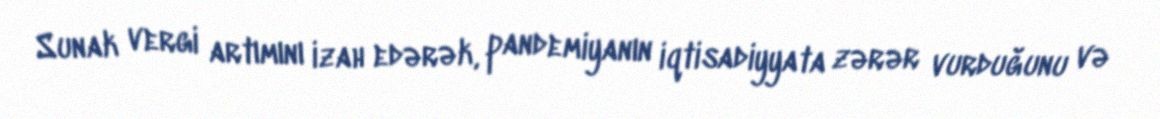
Sunak vergi artımını izah edərək, pandemiyanın iqtisadiyyata zərər vurduğunu və